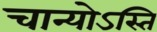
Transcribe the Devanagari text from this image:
चान्योऽस्ति